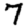
Digit: 7